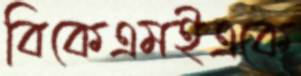
বিকেএমইএকে